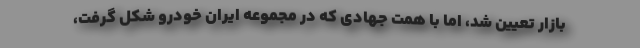
بازار تعیین شد، اما با همت جهادی که در مجموعه ایران خودرو شکل گرفت،